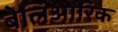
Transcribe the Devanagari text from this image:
बेलिआरिक